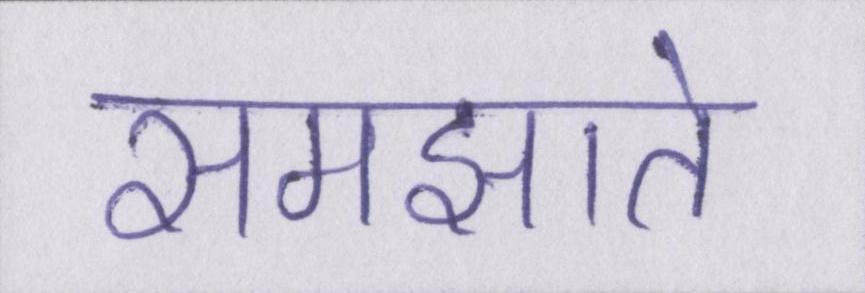
समझाते